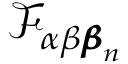
\mathcal { F } _ { \alpha \beta { \pmb \beta } _ { n } }